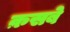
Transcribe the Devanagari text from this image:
क़सबे